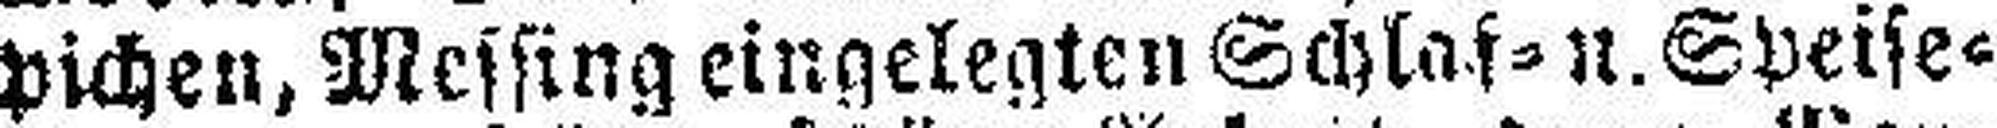
pichen, Messing eingelegten Schlaf= u. Speise¬